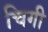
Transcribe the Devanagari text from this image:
चिगी